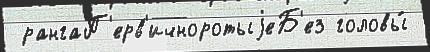
 рангаП'ерв'ичноротыjеБ'ез головы́